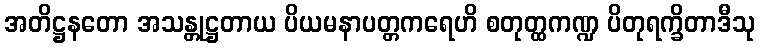
အတိဋ္ဌနတော အသန္တုဋ္ဌတာယ ပိယမနာပတ္တကရေဟိ စတုတ္ထကဏ္ဍ ပိတုရက္ခိတာဒီသု